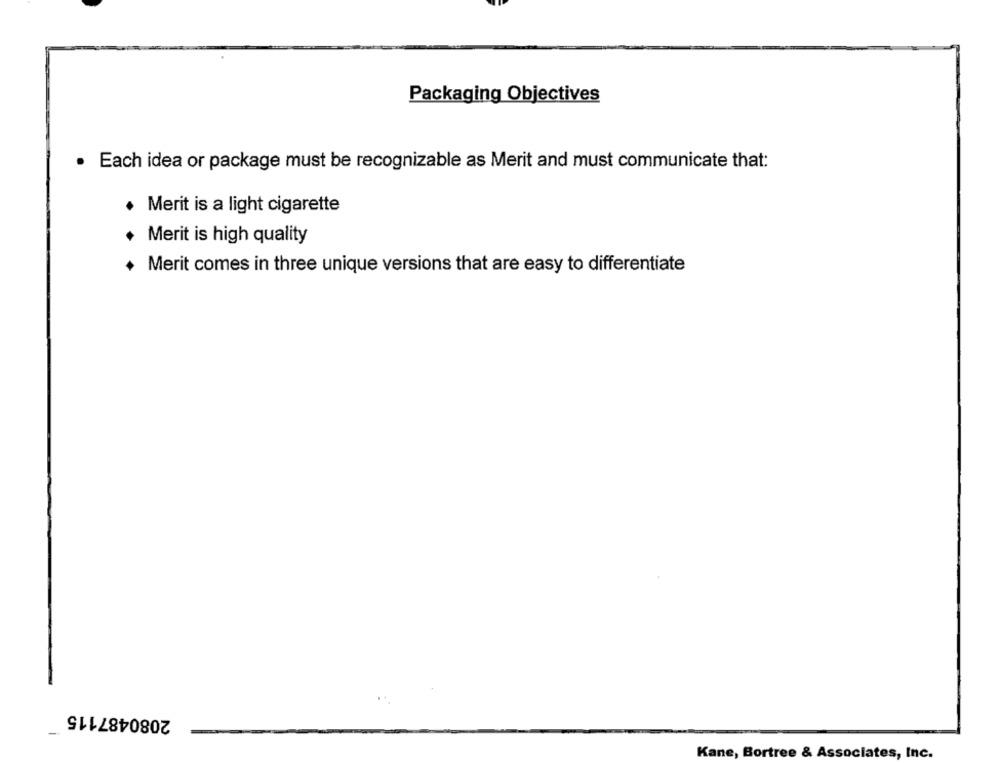
Packaging Objectives
· Each idea or package must be recognizable as Merit and must communicate that:
Merit is a light cigarette
Merit is high quality
Merit comes in three unique versions that are easy to differentiate
2080487115
-
Kane, Bortree & Associates, Inc.